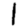
Digit: 1